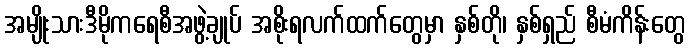
အမျိုးသားဒီမိုကရေစီအဖွဲ့ချုပ် အစိုးရလက်ထက်တွေမှာ နှစ်တို၊ နှစ်ရှည် စီမံကိန်းတွေ